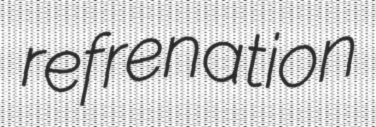
refrenation